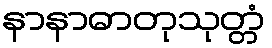
နာနာဓာတုသုတ္တံ